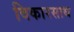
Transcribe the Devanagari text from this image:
विकारसाथ